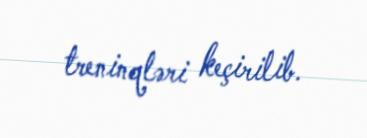
treninqləri keçirilib.